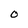
Character: O